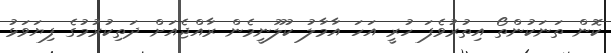
ކޮން ތަނަކުންތޯ އިތުރުވެފަ ހުރީ އަހަ އާމާލު ކުލޫނީމެން ރާއްޖެއަށް ދަތިކުރުމުގެ ފިޔަވަޅު